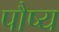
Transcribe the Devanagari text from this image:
पौष्य